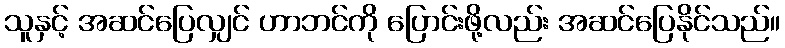
သူနှင့် အဆင်ပြေလျှင် ဟာဘင်ကို ပြောင်းဖို့လည်း အဆင်ပြေနိုင်သည်။